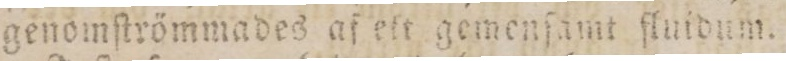
genomſtrömmades af ett gemenſamt ſluidum.